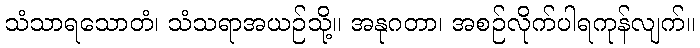
သံသာရသောတံ၊ သံသရာအယဉ်သို့။ အနုဂတာ၊ အစဉ်လိုက်ပါရကုန်လျက်။